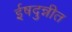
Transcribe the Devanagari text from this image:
ईषदुन्नीत